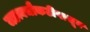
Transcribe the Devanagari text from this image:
जडत्वचौकटीपासून